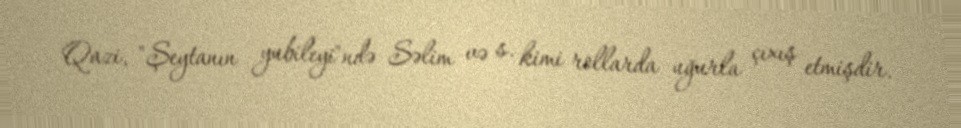
Qazi, "Şeytanın yubileyi"ndə Səlim və s. kimi rollarda uğurla çıxış etmişdir.